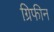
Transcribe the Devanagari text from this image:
ग्रिफीन